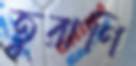
তুরাণি